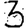
Digit: 3